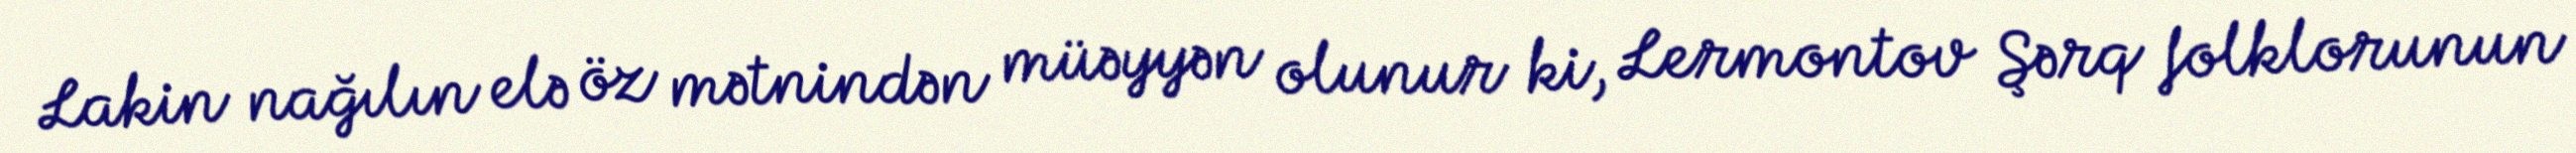
Lakin nağılın elə öz mətnindən müəyyən olunur ki, Lermontov Şərq folklorunun